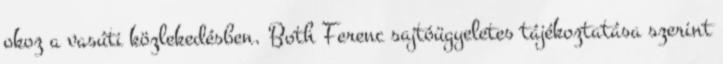
okoz a vasúti közlekedésben. Both Ferenc sajtóügyeletes tájékoztatása szerint